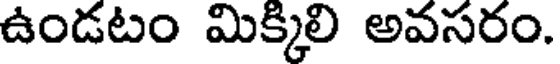
ఉండటం మిక్కిలి అవసరం.